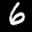
Label: 6